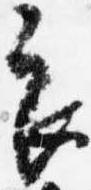
良